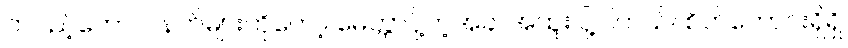
တပည့်တော်။ ။ နတ်များကိုတော့ မေတ္တာပို့တဲ့အခါ အထူး ပို့ပါတယ်။ စိတ်ကောင်းရှိရှိ